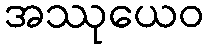
အဿုယေဝ